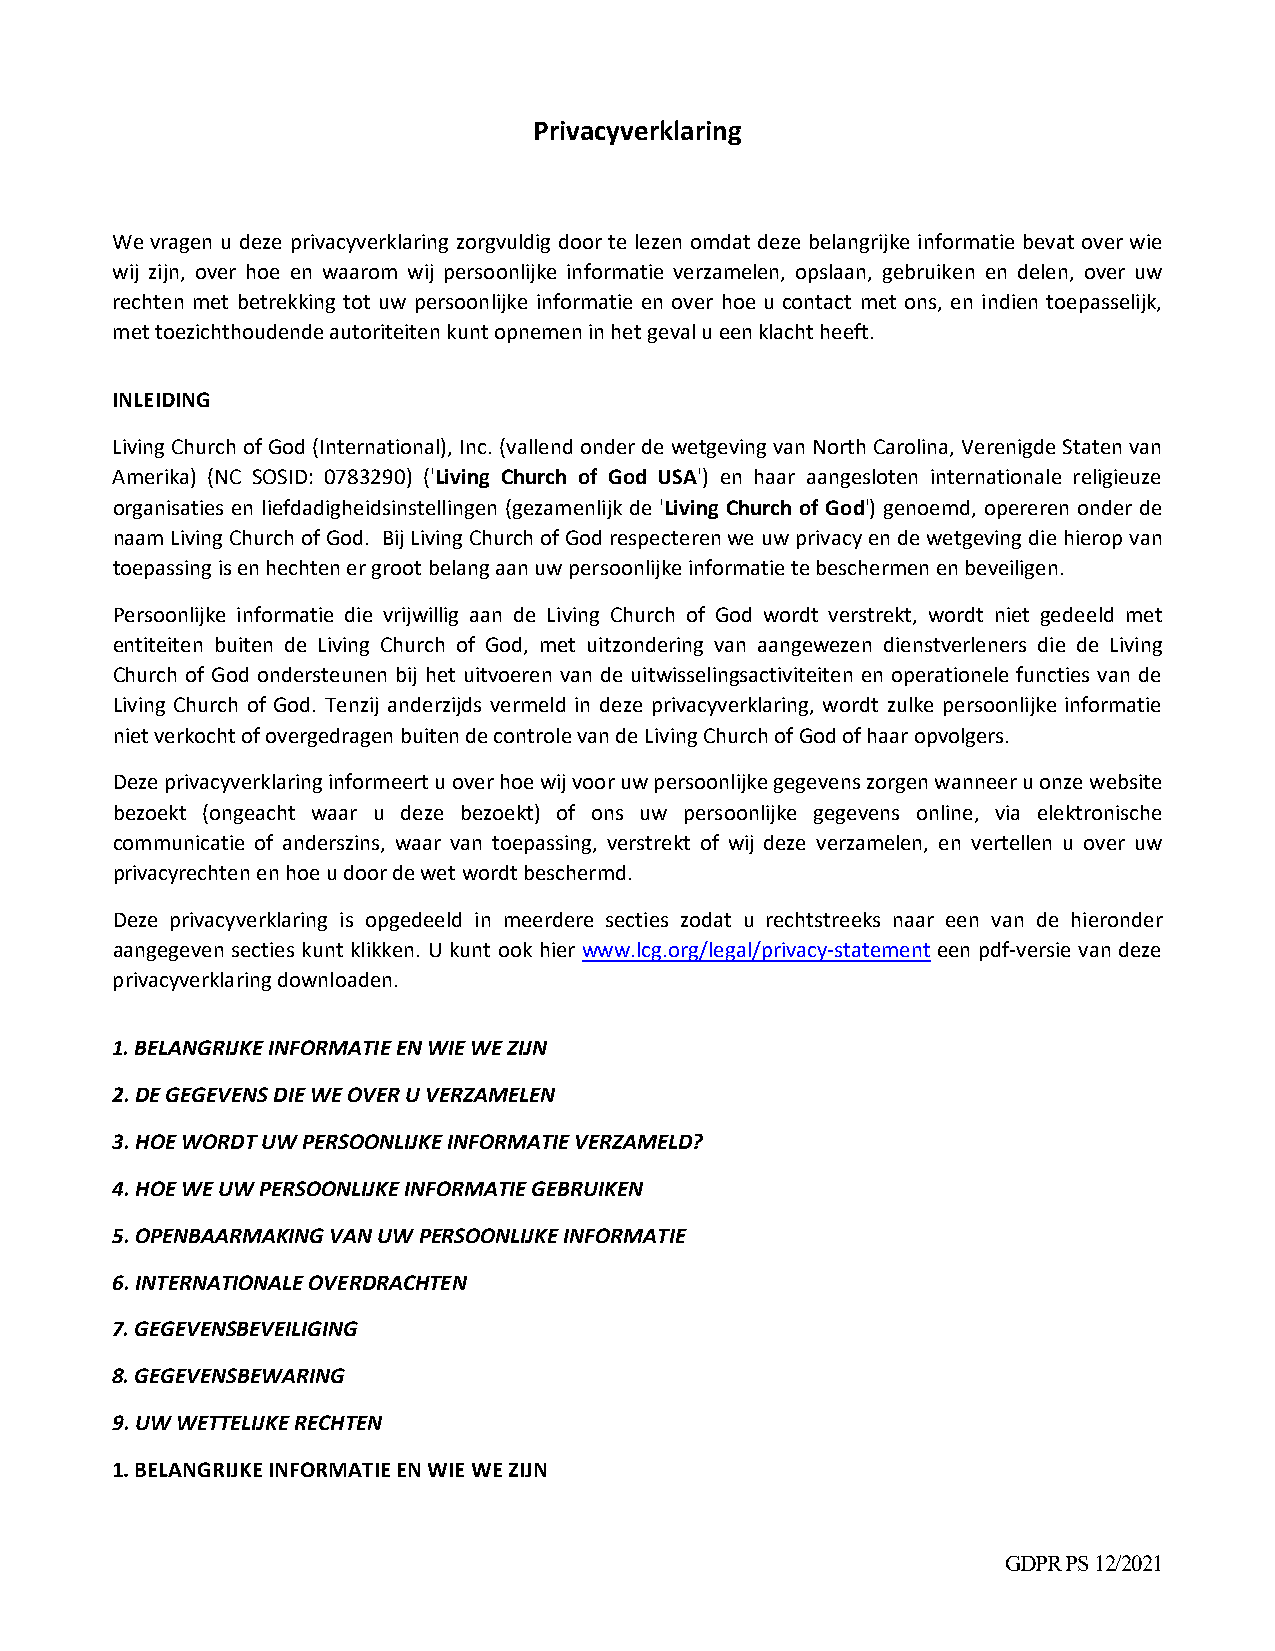
Privacyverklaring
 We vragen u deze privacyverklaring zorgvuldig door te lezen omdat deze belangrijke informatie bevat over wie
 wij zijn, over hoe en waarom wij persoonlijke informatie verzamelen, opslaan, gebruiken en delen, over uw
 rechten met betrekking tot uw persoonlijke informatie en over hoe u contact met ons, en indien toepasselijk,
 met toezichthoudende autoriteiten kunt opnemen in het geval u een klacht heeft.
 INLEIDING
 Living Church of God (International), Inc. (vallend onder de wetgeving van North Carolina, Verenigde Staten van
 Amerika) (NC SOSID: 0783290) ('Living Church of God USA') en haar aangesloten internationale religieuze
 organisaties en liefdadigheidsinstellingen (gezamenlijk de 'Living Church of God') genoemd, opereren onder de
 naam Living Church of God. Bij Living Church of God respecteren we uw privacy en de wetgeving die hierop van
 toepassing is en hechten er groot belang aan uw persoonlijke informatie te beschermen en beveiligen.
 Persoonlijke informatie die vrijwillig aan de Living Church of God wordt verstrekt, wordt niet gedeeld met
 entiteiten buiten de Living Church of God, met uitzondering van aangewezen dienstverleners die de Living
 Church of God ondersteunen bij het uitvoeren van de uitwisselingsactiviteiten en operationele functies van de
 Living Church of God. Tenzij anderzijds vermeld in deze privacyverklaring, wordt zulke persoonlijke informatie
 niet verkocht of overgedragen buiten de controle van de Living Church of God of haar opvolgers.
 Deze privacyverklaring informeert u over hoe wij voor uw persoonlijke gegevens zorgen wanneer u onze website
 bezoekt (ongeacht waar u deze bezoekt) of ons uw persoonlijke gegevens online, via elektronische
 communicatie of anderszins, waar van toepassing, verstrekt of wij deze verzamelen, en vertellen u over uw
 privacyrechten en hoe u door de wet wordt beschermd.
 Deze privacyverklaring is opgedeeld in meerdere secties zodat u rechtstreeks naar een van de hieronder
 aangegeven secties kunt klikken. U kunt ook hier www.lcg.org/legal/privacy‐statement een pdf‐versie van deze
 privacyverklaring downloaden.
 1. BELANGRIJKE INFORMATIE EN WIE WE ZIJN
 2. DE GEGEVENS DIE WE OVER U VERZAMELEN
 3. HOE WORDT UW PERSOONLIJKE INFORMATIE VERZAMELD?
 4. HOE WE UW PERSOONLIJKE INFORMATIE GEBRUIKEN
 5. OPENBAARMAKING VAN UW PERSOONLIJKE INFORMATIE
 6. INTERNATIONALE OVERDRACHTEN
 7. GEGEVENSBEVEILIGING
 8. GEGEVENSBEWARING
 9. UW WETTELIJKE RECHTEN
 1. BELANGRIJKE INFORMATIE EN WIE WE ZIJN
 GDPR PS 12/2021